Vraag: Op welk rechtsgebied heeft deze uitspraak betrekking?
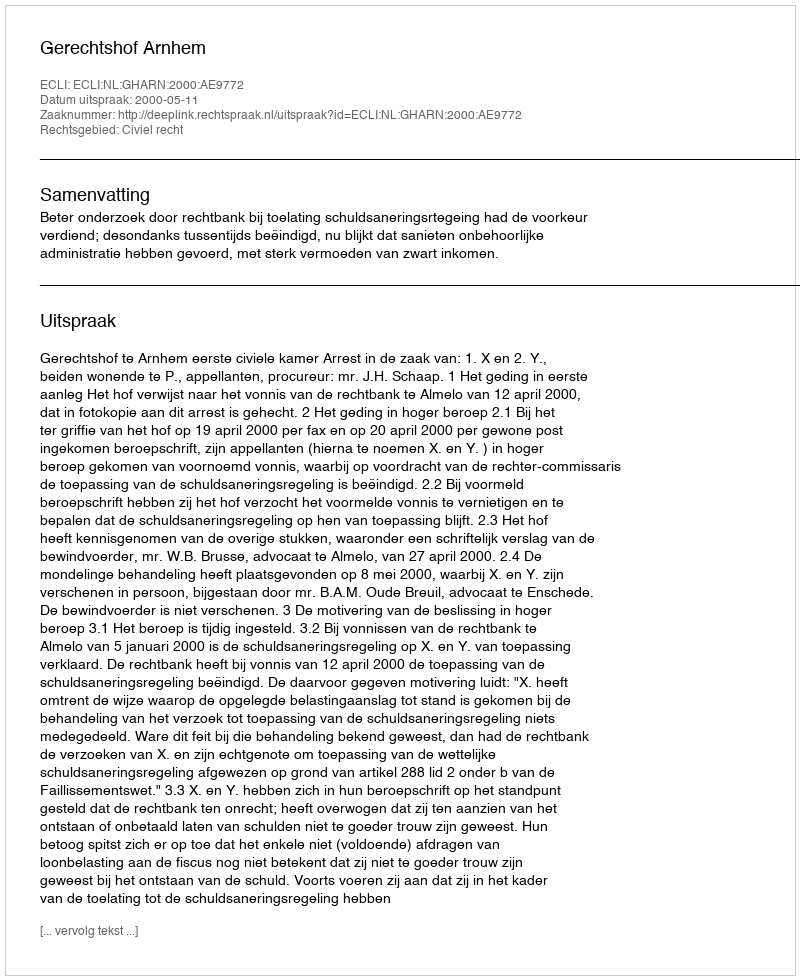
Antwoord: Civiel recht